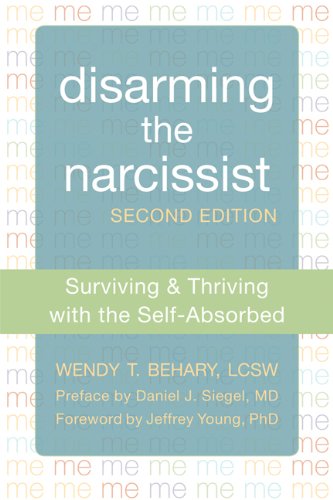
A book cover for Disarming the Narcissist: Surviving and Thriving with the Self-Absorbed; Wendy Terrie Behary LCSW; Self-Help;